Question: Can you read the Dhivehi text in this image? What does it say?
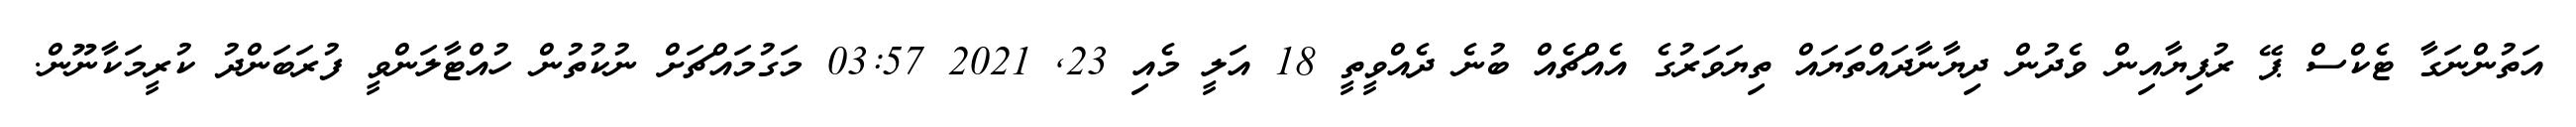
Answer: އަތުންނަގާ ޓެކްސް ޕޭ ރުފިޔާއިން ވެދުން ދިޔާނާދައްތަޔައް ތިޔަވަރުގެ އެއްޗެއް ބުނެ ދެއްވީތީ 18 އަލީ މެއި 23, 2021 03:57 މަގުމައްޗަށް ނުކުތުން ހުއްޓާލަންވީ ފުރަބަންދު ކުރީމަކާނޫން.